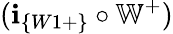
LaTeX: (\textbf{i}_{\{ W1+\} }\circ\mathbb{W}^{+})